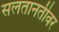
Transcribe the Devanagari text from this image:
सलतानतीवर